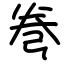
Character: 弮